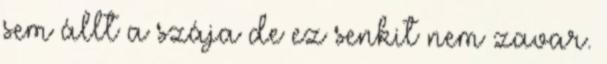
sem állt a szája de ez senkit nem zavar.